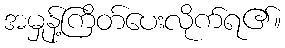
အမှုန့်ကြိတ်ပေးလိုက်ရ၏။